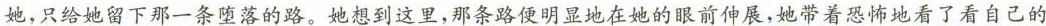
她，只给她留下那一条堕落的路。她想到这里，那条路便明显地在她的眼前伸展，她带着恐怖地看了看自己的